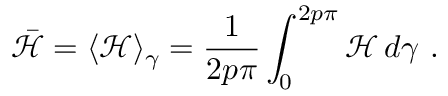
\bar { \mathcal { H } } = \langle \mathcal { H } \rangle _ { \gamma } = \frac { 1 } { 2 p \pi } \int _ { 0 } ^ { 2 p \pi } \mathcal { H } \, d \gamma \ .